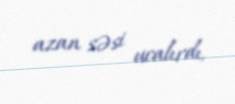
azan səsi ucalırdı.